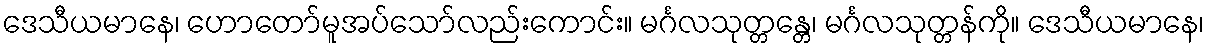
ဒေသီယမာနေ၊ ဟောတော်မူအပ်သော်လည်းကောင်း။ မင်္ဂလသုတ္တန္တေ၊ မင်္ဂလသုတ္တန်ကို။ ဒေသီယမာနေ၊